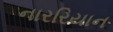
નારરિયાન